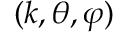
( k , \theta , \varphi )